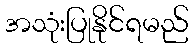
အသုံးပြုနိုင်ရမည်